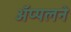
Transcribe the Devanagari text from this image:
ॲप्पलने